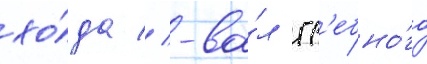
хо́да // -ва́л гр'ебно́го